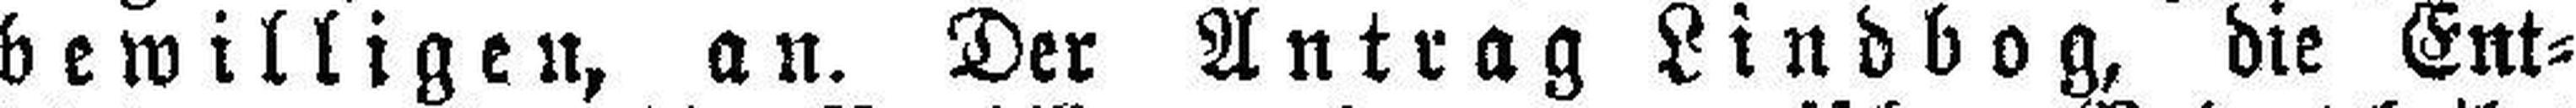
bewilligen, an. Der Antrag Lindbog, die Ent¬